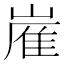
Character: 嵟